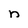
Character: n